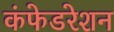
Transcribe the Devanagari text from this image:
कंफेडरेशन